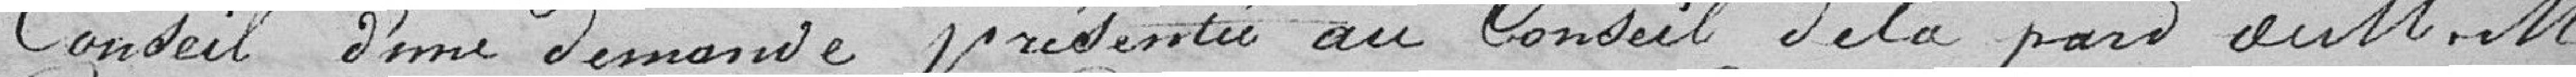
Conseil d'une demande présentée au Conseil de la part de messieurs